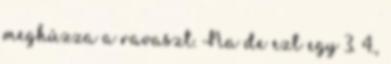
meghúzza a ravaszt. Na de ezt egy 3. 4.,